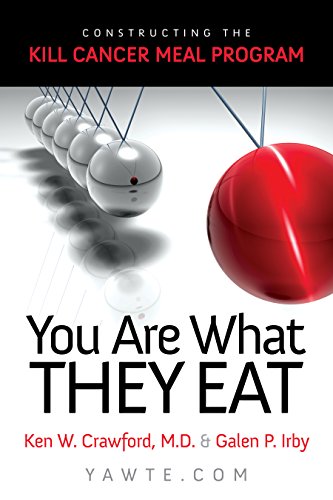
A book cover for The Kill Cancer Meal Program: You Are What They Eat; Ken Crawford MD; Health, Fitness & Dieting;